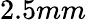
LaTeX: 2.5mm